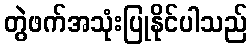
တွဲဖက်အသုံးပြုနိုင်ပါသည်